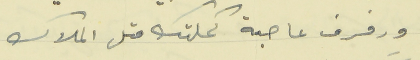
ورفرف عا حبة كملتك متل الملاك